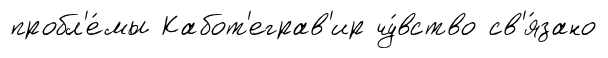
пробл'е́мы Кабот'еграв'ир чу́вство св'я́зано